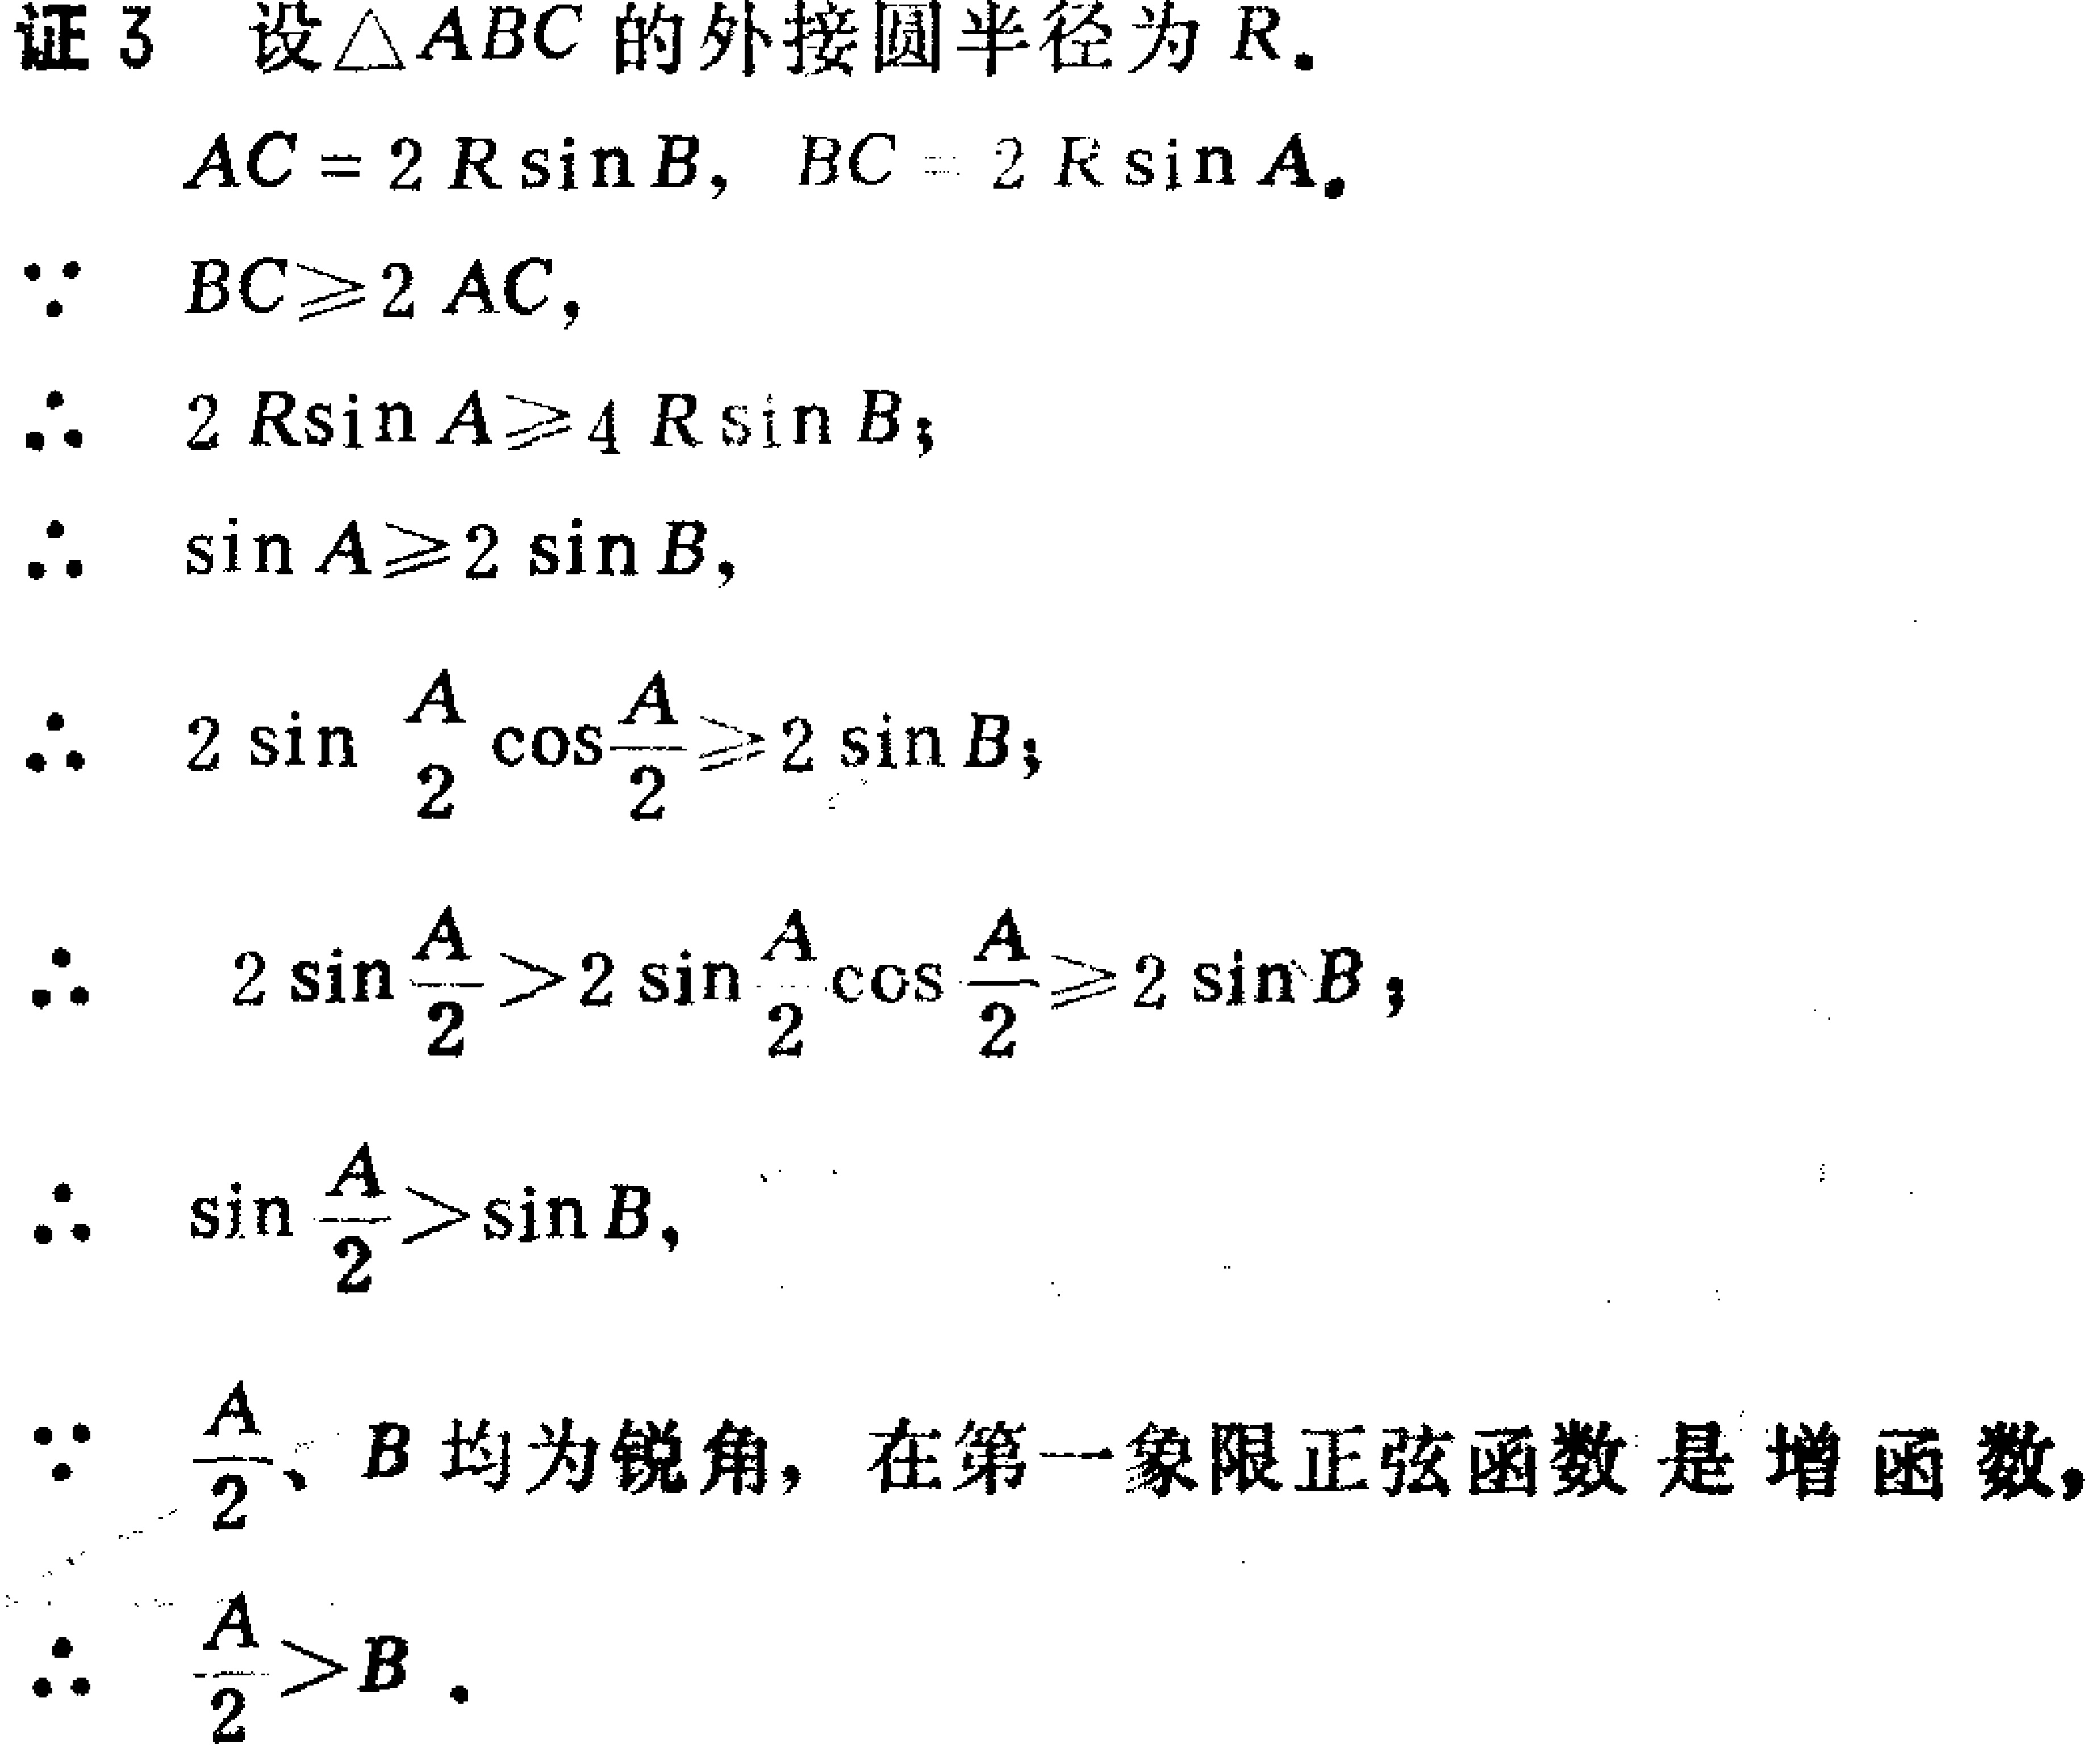
证3 设$\triangle ABC$的外接圆半径为$R$.
$AC = 2R\sin B$, $BC = 2R\sin A$.
$\because BC\geqslant2AC$,
$\therefore 2R\sin A\geqslant4R\sin B$;
$\therefore \sin A\geqslant2\sin B$,
$\therefore 2\sin\frac{A}{2}\cos\frac{A}{2}\geqslant2\sin B$;
$\therefore 2\sin\frac{A}{2}>2\sin\frac{A}{2}\cos\frac{A}{2}\geqslant2\sin B$;
$\therefore \sin\frac{A}{2}>\sin B$,
$\because \frac{A}{2}$、$B$均为锐角，在第一象限正弦函数是增函数,
$\therefore \frac{A}{2}>B$.